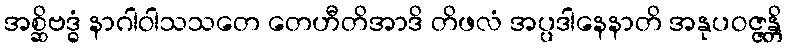
အစ္ဆိဗဒ္ဓံ နာဂါဝါသသတေ တေဟီတိအာဒိ တိဖလံ အပ္ပဒါနေနာတိ အနုပဝဇ္ဇန္တိ